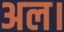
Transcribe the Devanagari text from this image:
अल।